Vaccination North-Western Provinces and Oudh 1878-1895 - 1878-1895
Year: 1878
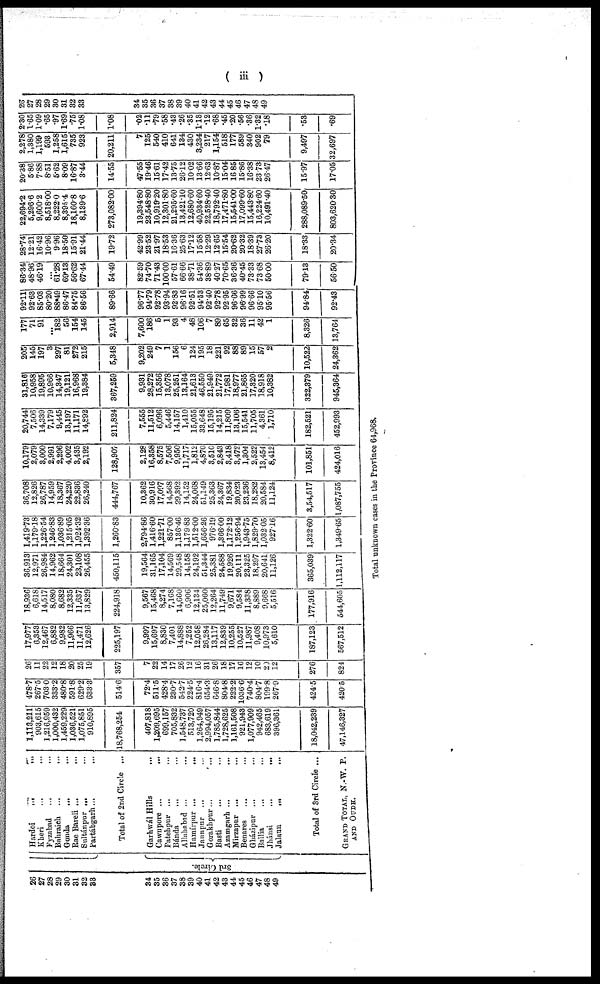
( iii )
26
27
28
29
30
31
32
33
34
35
36
37
38
39
40
41
42
43
44
46
46
47
48
49
3rd Circle.
Hardoi
...
...
Kheri
...
...
Fyzabad ... ...
Bahraich ... ...
Gonda ... ...
Rae Bareli ... ...
Sultánpur ... ...
Partábgarh... ...
Total of 2nd Circle ...
Garhwál Hills ...
Cawnpore ...
...
Fatehpur ...
...
Bánda ... ...
Allahabad ... ...
Hamírpur ...
...
Jannpur ... ...
Gorakhpur...
...
Basti ... ...
Azamgarh ... ...
Mirzapur ... ...
Benares ... ...
Gházipur ... ...
Ballia ... ...
Jhánsi
...
...
Jalaun ... ...
Total of 3rd Circle ...
GRAND TOTAL, N.-W. P.
AND OUDH.
1,113,211
903,615
1,216,959
1,000,432
1,459,229
1,036,521
1,075,851
910,895
18,768,254
407,818
1,209,695
699,157
705,832
1,548,737
513,720
1,264,949
2,994,057
1,785,844
1,728,625
1,161,508
921,943
1,077,909
942,465
683,619
396,361
18,042,239
47,146,327
478.7
267.5
703.0
333.2
480.8
591.8
629.2
633.3
514.6
72.4
511.5
428.4
230.7
542.7
224.5
816.4
654.3
646.8
804.8
222.2
1036.6
740.4
804.7
199.8
267.9
424.5
420.5
26
11
22
12
18
20
25
19
357
7
22
14
17
26
12
16
31
26
18
17
16
12
10
20
12
276
824
17,977
6,353
12,467
6,882
9,982
11,966
11,471
12,626
225,197
9,997
15,697
8,830
7,401
14,888
7,252
12,058
26,284
13,117
12,839
10,255
10,527
11,987
9,408
10,973
5,610
187,123
567,512
18,936
6,61S
14,517
8,080
8,682
12,335
11,637
13,829
224,918
9,567
15,468
8,274
7,168
14,660
6,906
12,134
25,060
12,264
11,749
9,671
9,584
11,338
8,889
9,668
5,516
177,916
544,605
36,913
12,971
26,984
14,962
18,664
24,301
23,108
26,455
450,115
19,564
31,165
17,104
14,569
29,548
14,158
24,192
51,344
25,381
24,588
19,926
20,111
23,325
18,297
20,641
11,126
365,039
1,112,117
1,419.73
1,179.18
1,226.54
1,246.83
1,036.89
1,215.05
1,924.32
1,392.36
1,260.83
2,794.86
1,416.60
1,221.71
857.00
1,136.46
1,179.83
1,512.00
1,656.26
976.19
1,366.00
1,172.12
1,256.94
1,943.75
1,829.70
1,032.05
927.16
1,322.60
1,349.65
36,708
12,826
26,787
14,958
18,367
24,220
22,836
26,240
444,767
10,362
30,916
17,097
14,568
29,392
14,152
24,068
51,149
25,363
24,367
19,834
20,023
23,236
18,282
20,584
11,124
3,54,517
1,087,755
10,179
2,079
3,000
2,991
2,296
4.002
3,435
2,192
128,907
2,128
16,358
8,575
7,506
9,950
11,717
1,812
4,870
3,510
2,843
3,418
3,472
1,304
2,522
13,454
8,412
101,851
424,016
20,744
7,506
14,339
7,179
9,445
13,197
11,171
14,892
211,824
7,555
11,512
6,096
5,446
14,157
1,410
15,055
33,648
15,195
14,215
11,809
13,106
15,541
11,705
4,361
1,710
182,521
452,993
31,816
10,958
19,895
10,966
14,347
19,121
16,968
19,384
367,259
9,931
28,272
15,856
13,078
25,251
13,164
21,613
46,550
21,949
21,772
17,981
18,977
21,865
17,320
18,918
10,382
322,379
945,364
205
145
197
3
297
81
272
215
5,348
9,202
249
7
1
156
6
124
195
18
221
92
88
89
15
57
2
10,522
24,362
177
71
91
...
182
56
154
145
2,914
7,600
186
5
1
93
4
48
106
7
89
65
32
36
11
42
1
8,326
13,764
92.11
92.63
85.03
80.20
88.49
86.47
84.75
86.56
89.66
96.77
94.79
92.78
93.94
92.83
96.16
92.51
94.53
92.40
92.78
92.95
96.66
96.99
96.66
95.10
95.56
94.84
92.43
86.34
48.96
46.19
...
61.28
69.13
56.62
67.44
54.49
82.59
74.70
71.43
100.00
57.61
66.66
38.71
54.36
38.89
40.27
70.65
36.36
40.45
73.33
73.68
50.00
79.13
56.50
28.74
12.21
16.42
10.96
9.96
18.50
15.91
21.44
19.72
42.99
23.52
21.97
18.53
16.36
25.63
17.12
15.58
12.29
12.65
15.54
20.62
20.32
18.39
27.73
26.20
18.33
20.34
22,694.2
5,296.6
9,600.2
8,518.00
8,222.0
8,395.4
18,160.8
8,139.6
273,082.00
19,394.80
23,548.80
10,919.20
12,301.80
21,295.60
13,421.10
12,680.60
40,934.60
22,528.40
18,792.40
17,471.80
15,541.00
17,099.60
15,443.80
16,224.60
10,491.40
288,089.50
803,620.30
20.38
5.86
7.88
8.51
5.62
8.09
16.87
3.44
14.55
47.55
19.46
15.61
17.42
13.75
26.12
10.02
13.66
12.63
10.87
15.04
16.85
15.86
16.38
23.73
26.47
15.97
17.05
2,278
1,380
1,199
593
1,258
1,615
735
923
20,211
7
125
540
410
641
134
430
3,234
217
1,154
518
177
589
340
902
79
9,497
32,697
2.30
1.65
1.09
.65
.97
1.69
.75
1.08
1.08
.02
.11
.79
.58
.43
.26
.35
1.13
.12
.68
.45
.20
.56
.36
1.32
.18
.53
.69
26
27
28
29
30
31
32
33
34
35
36
37
38
39
40
41
42
43
44
45
46
47
48
49
Total unknown cases in the Province 64,968.